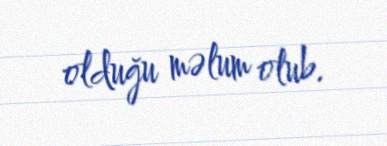
olduğu məlum olub.